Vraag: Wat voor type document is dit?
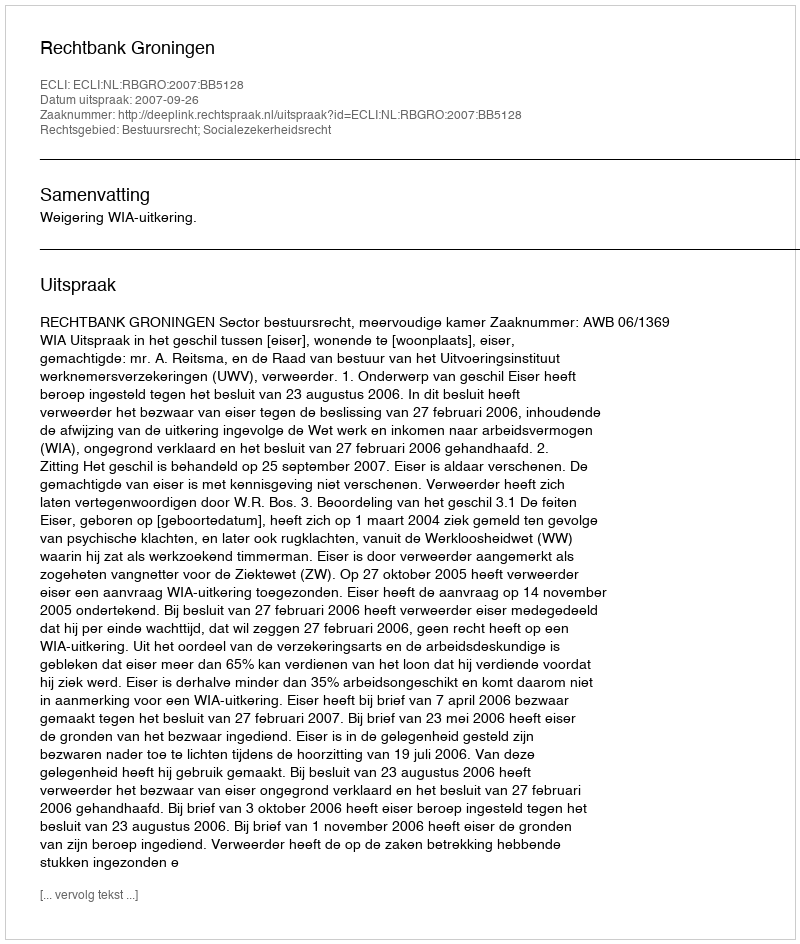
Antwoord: Uitspraak